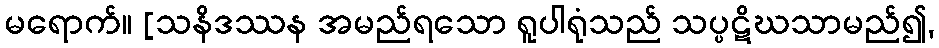
မရောက်။ [သနိဒဿန အမည်ရသော ရူပါရုံသည် သပ္ပဋိဃသာမည်၍,